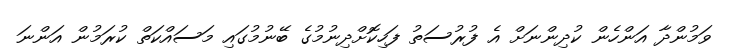
ވަމުންދާ އަންހެން ކުދިންނަށް އެ ފުރުސަތު ފަހިކޮށްދިނުމުގެ ބޭނުމުގައި މަސައްކަތް ކުރަމުން އަންނަ